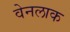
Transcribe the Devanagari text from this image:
वेनलाक